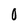
Character: 0